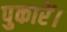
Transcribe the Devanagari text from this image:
पुकारें।